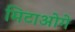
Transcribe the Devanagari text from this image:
मिटाओगे